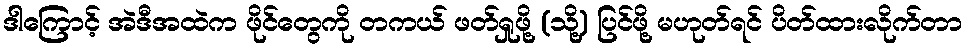
ဒါကြောင့် အဲဒီအထဲက ဖိုင်တွေကို တကယ် ဖတ်ရှုဖို့ (သို့) ပြင်ဖို့ မဟုတ်ရင် ပိတ်ထားလိုက်တာ